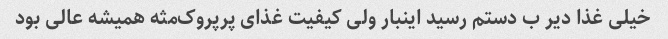
خیلی غذا دیر ب دستم رسید اینبار ولی کیفیت غذای پرپروک‌مثه همیشه عالی بود